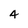
Character: 4